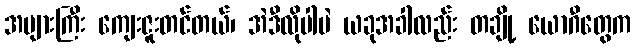
အများကြီး ကျေးဇူးတင်တယ်၊ အဲဒီလိုပါပဲ ယခုအခါလည်း တချို့ ယောဂီတွေက